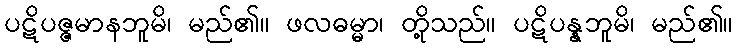
ပဋိပဇ္ဇမာနဘူမိ၊ မည်၏။ ဖလဓမ္မာ၊ တို့သည်။ ပဋိပန္နဘူမိ၊ မည်၏။